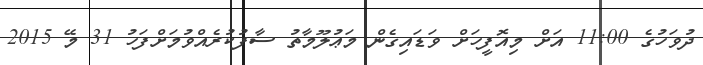
ދުވަހުގެ 11:00 އަށް މިއޮފީހަށް ވަޑައިގެން މަޢުލޫމާތު ސާފުކުރެއްވުމަށްފަހު 31 މޭ 2015